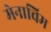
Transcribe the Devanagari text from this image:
मेनाचिम